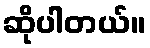
ဆိုပါတယ်။